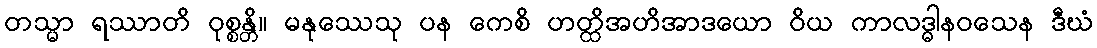
တသ္မာ ရဿာတိ ဝုစ္စန္တိ။ မနုဿေသု ပန ကေစိ ဟတ္ထိအဟိအာဒယော ဝိယ ကာလဒ္ဓါနဝသေန ဒီဃံ